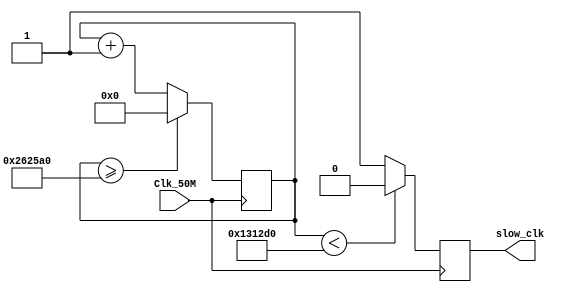
module divisor_frequencia
#(
	parameter clock_slow_counter=2500000
)
(
	input Clk_50M, 
	output reg slow_clk
);

    reg [31:0] counter=0;
	 
    always @(posedge Clk_50M)
    begin
        counter <= (counter>=clock_slow_counter)?0:counter+1;
        slow_clk <= (counter < clock_slow_counter/2)?1'b0:1'b1;
    end
endmodule